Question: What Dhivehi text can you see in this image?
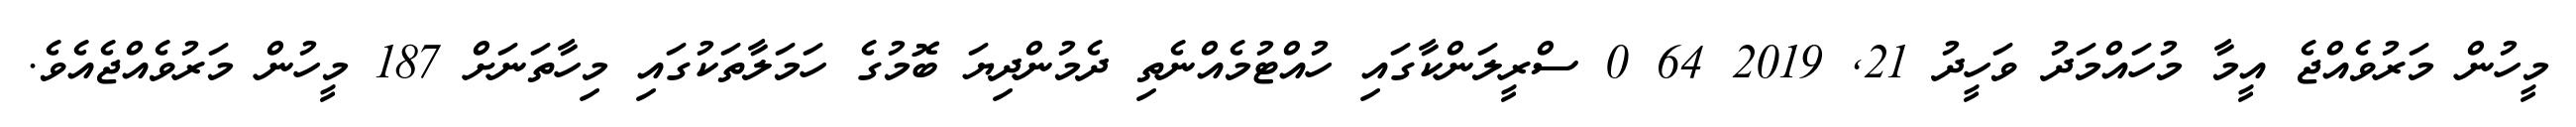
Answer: މީހުން މަރުވެއްޖެ އީމާ މުހައްމަދު ވަހީދު 21, 2019 64 0 ސްރީލަންކާގައި ހުއްޓުމެއްނެތި ދެމުންދިޔަ ބޮމުގެ ހަމަލާތަކުގައި މިހާތަނަށް 187 މީހުން މަރުވެއްޖެއެވެ.